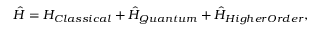
\hat { H } = H _ { C l a s s i c a l } + \hat { H } _ { Q u a n t u m } + \hat { H } _ { H i g h e r O r d e r } ,